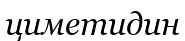
циметидин